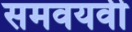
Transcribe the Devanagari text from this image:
समवयवी